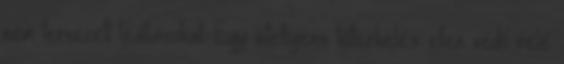
nem tervezett leállásokat. Egy intelligens túlterhelés ellen védő relé